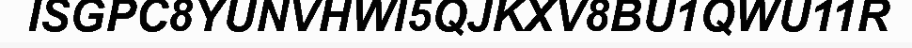
ISGPC8YUNVHWI5QJKXV8BU1QWU11R